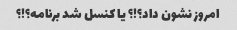
امروز نشون داد؟!؟ یا کنسل شد برنامه؟!؟